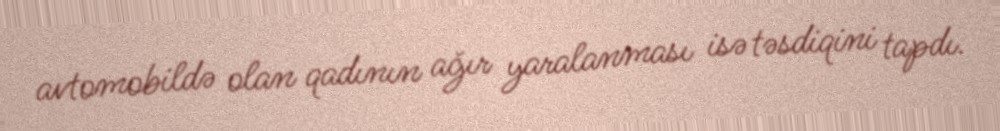
avtomobildə olan qadının ağır yaralanması isə təsdiqini tapdı.